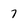
Character: 7